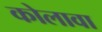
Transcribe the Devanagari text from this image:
कोलावा